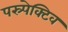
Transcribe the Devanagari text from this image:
पस्र्पेक्टिव